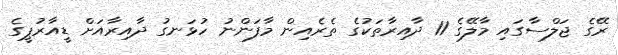
ރޭގެ ޖަލްސާގައި މާލޭގެ 11 ދާއިރާތަކުގެ ތެރެއިން މާފަންނު ހުޅަނގު ދާއިރާއަށް ޑީއާރުޕީގެ